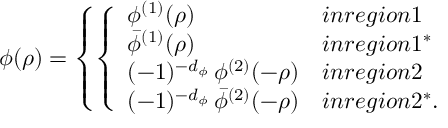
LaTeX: \phi ( \rho ) = \left\{ \left\{ \begin{array} { l l } { { \phi ^ { ( 1 ) } ( \rho ) } } & { { i n r e g i o n 1 } } \\ { { \bar { \phi } ^ { ( 1 ) } ( \rho ) } } & { { i n r e g i o n 1 ^ { * } } } \\ { { ( - 1 ) ^ { - d _ { \phi } } \, \phi ^ { ( 2 ) } ( - \rho ) } } & { { i n r e g i o n 2 } } \\ { { ( - 1 ) ^ { - d _ { \phi } } \, \bar { \phi } ^ { ( 2 ) } ( - \rho ) } } & { { i n r e g i o n 2 ^ { * } . } } \end{array} \right. \right.